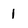
Character: 1